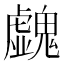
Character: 𩴥